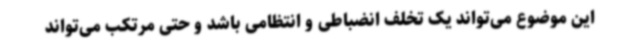
این موضوع می‌تواند یک تخلف انضباطی و انتظامی باشد و حتی مرتکب می‌تواند